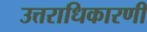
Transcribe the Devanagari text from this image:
उत्तराधिकारणी